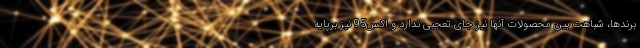
برندها، شباهت بین محصولات آنها نیز جای تعجبی ندارد و اکس95 نیز برپایه